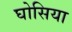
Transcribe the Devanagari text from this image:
घोसिया